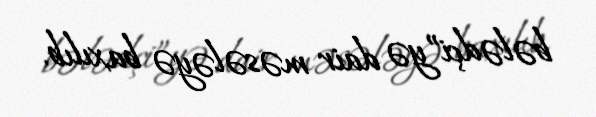
bələdçi”yə dair məsələyə baxılıb.